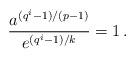
LaTeX: \begin{align*}\frac{a^{(q^i-1)/(p-1)}}{e^{(q^i-1)/k}}=1\,.\end{align*}